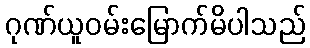
ဂုဏ်ယူဝမ်းမြောက်မိပါသည်